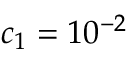
c _ { 1 } = 1 0 ^ { - 2 }